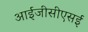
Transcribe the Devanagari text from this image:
आईजीसीएसई